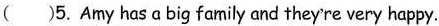
( )5.Amy hasa big family and theyre very happy.